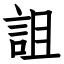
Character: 詛